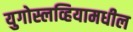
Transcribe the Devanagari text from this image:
युगोस्लव्हियामधील